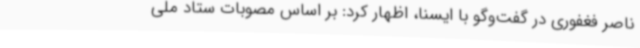
ناصر فغفوری در گفت‌وگو با ایسنا، اظهار کرد: بر اساس مصوبات ستاد ملی